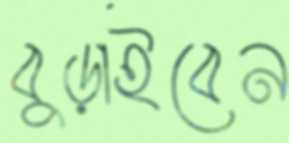
বুড়াইবেন